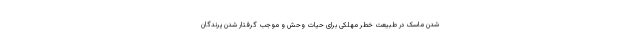
شدن ماسک در طبیعت خطر مهلکی برای حیات وحش و موجب گرفتار شدن پرندگان